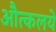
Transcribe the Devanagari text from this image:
औत्कलये